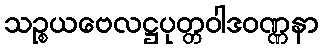
သဉ္စယဗေလဋ္ဌပုတ္တဝါဒဝဏ္ဏနာ